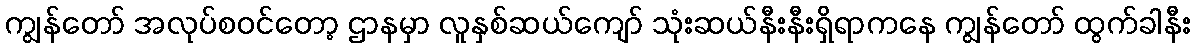
ကျွန်တော် အလုပ်စဝင်တော့ ဌာနမှာ လူနှစ်ဆယ်ကျော် သုံးဆယ်နီးနီးရှိရာကနေ ကျွန်တော် ထွက်ခါနီး